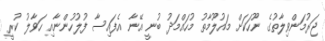
ޖަރުމަންވިލާތުގެ ނޫހަކަށް މައުލޫމާތު މުހައްމަދު ބުނީ އޭނާ އެފައިސާ ފުލުހުންނާއި ހަވާލު ކުރީ